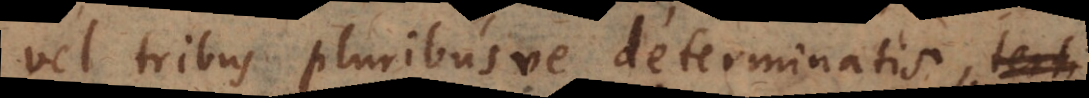
vel tribus pluribusve determinatis,